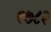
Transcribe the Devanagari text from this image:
९७८२